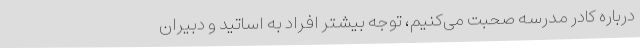
درباره کادر مدرسه صحبت می‌کنیم، توجه بیشتر افراد به اساتید و دبیران